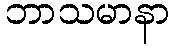
ဘာသမာနာ